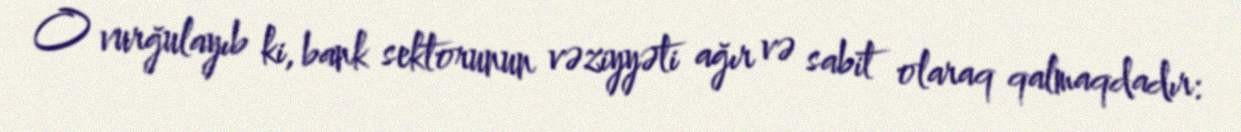
O vurğulayıb ki, bank sektorunun vəziyyəti ağır və sabit olaraq qalmaqdadır: